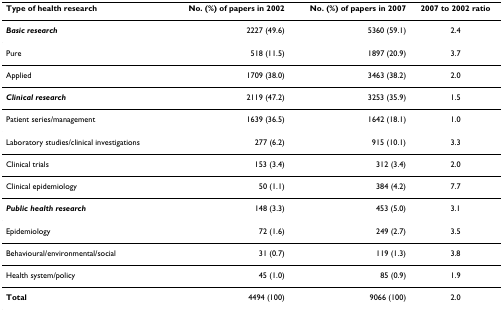
<table><thead><tr><td><b>Type of health research</b></td><td><b>No. (%) of papers in 2002</b></td><td><b>No. (%) of papers in 2007</b></td><td><b>2007 to 2002 ratio</b></td></tr></thead><tbody><tr><td><b><i>Basic research</i></b></td><td>2227 (49.6)</td><td>5360 (59.1)</td><td>2.4</td></tr><tr><td>Pure</td><td>518 (11.5)</td><td>1897 (20.9)</td><td>3.7</td></tr><tr><td>Applied</td><td>1709 (38.0)</td><td>3463 (38.2)</td><td>2.0</td></tr><tr><td><b><i>Clinical research</i></b></td><td>2119 (47.2)</td><td>3253 (35.9)</td><td>1.5</td></tr><tr><td>Patient series/management</td><td>1639 (36.5)</td><td>1642 (18.1)</td><td>1.0</td></tr><tr><td>Laboratory studies/clinical investigations</td><td>277 (6.2)</td><td>915 (10.1)</td><td>3.3</td></tr><tr><td>Clinical trials</td><td>153 (3.4)</td><td>312 (3.4)</td><td>2.0</td></tr><tr><td>Clinical epidemiology</td><td>50 (1.1)</td><td>384 (4.2)</td><td>7.7</td></tr><tr><td><b><i>Public health research</i></b></td><td>148 (3.3)</td><td>453 (5.0)</td><td>3.1</td></tr><tr><td>Epidemiology</td><td>72 (1.6)</td><td>249 (2.7)</td><td>3.5</td></tr><tr><td>Behavioural/environmental/social</td><td>31 (0.7)</td><td>119 (1.3)</td><td>3.8</td></tr><tr><td>Health system/policy</td><td>45 (1.0)</td><td>85 (0.9)</td><td>1.9</td></tr><tr><td><b>Total</b></td><td>4494 (100)</td><td>9066 (100)</td><td>2.0</td></tr></tbody></table>